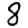
Digit: 8